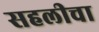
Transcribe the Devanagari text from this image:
सहलीचा